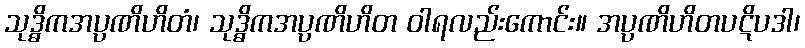
သုဒ္ဓိကအပ္ပဏိဟိတံ၊ သုဒ္ဓိကအပ္ပဏိဟိတ ဝါရလည်းကောင်း။ အပ္ပဏိဟိတပဋိပဒါ၊